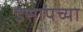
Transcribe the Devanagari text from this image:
इसापच्या